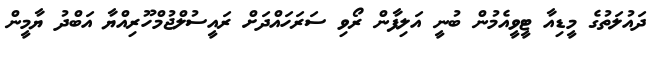
ދައުލަތުގެ މީޑިއާ ޓީވީއެމުން ބުނީ އަލިފާން ރޯވި ސަރަހައްދަށް ރައީސުލްޖުމްހޫރިއްޔާ އަބްދު ޔާމީން